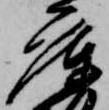
庫